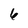
Character: 6